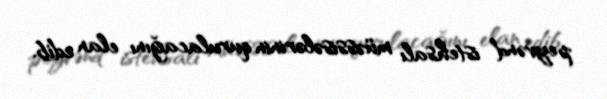
peyvənd istehsalı müəssisələrinin qurulacağını elan edib.